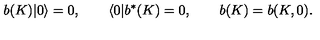
b ( K ) | 0 \rangle = 0 , \qquad \langle 0 | b ^ { \ast } ( K ) = 0 , \qquad b ( K ) = b ( K , 0 ) .